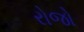
રોજો